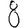
Digit: 8